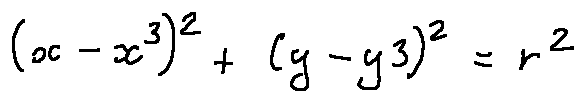
( x - x 3 ) ^ { 2 } + ( y - y 3 ) ^ { 2 } = r ^ { 2 }